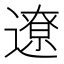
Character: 遼